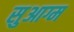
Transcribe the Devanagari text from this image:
सुआग्म